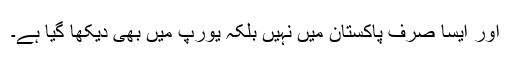
اور ایسا صرف پاکستان میں نہیں بلکہ یورپ میں بھی دیکھا گیا ہے۔